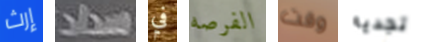
إرث سداد في الفرصه وقت تجديه